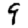
Digit: 9